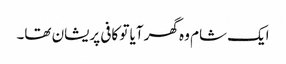
ایک شام وہ گھر آیا تو کافی پریشان تھا۔